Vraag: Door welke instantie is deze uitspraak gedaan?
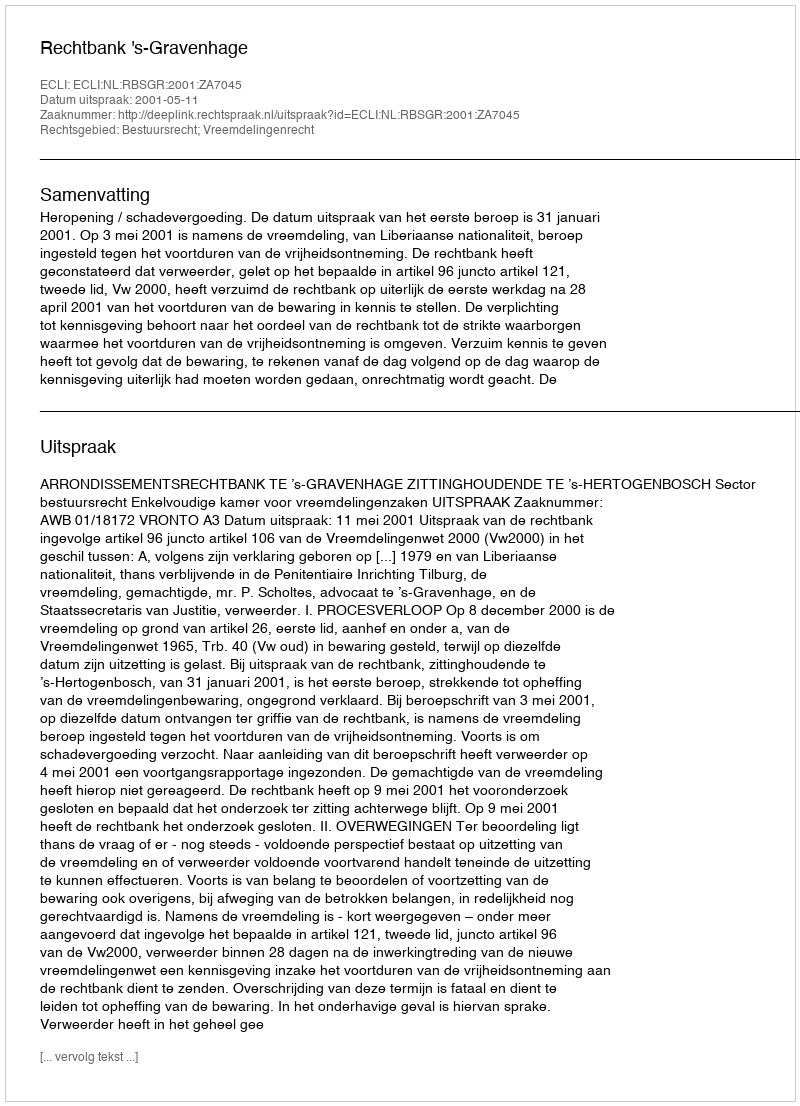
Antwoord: Rechtbank 's-Gravenhage